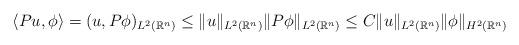
LaTeX: \begin{align*}\langle Pu,\phi \rangle = (u,P\phi)_{L^{2}(\mathbb{R}^{n})} \le \|u\|_{L^{2}(\mathbb{R}^{n})} \|P\phi\|_{L^{2}(\mathbb{R}^{n})} \le C\|u\|_{L^{2}(\mathbb{R}^{n})} \|\phi\|_{H^{2}(\mathbb{R}^{n})}\end{align*}